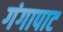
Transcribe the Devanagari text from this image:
गंगापाट